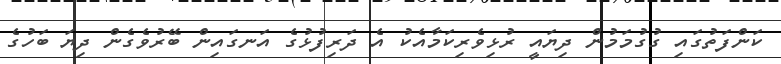
ކަންފަތުގައި ގުގުމަމުން ދިޔައީ ރުޅިވެރިކަމާއެކު އެ ދަރިފުޅުގެ އަނގައިން ބޭރުވެގެން ދިޔަ ބަހުގެ